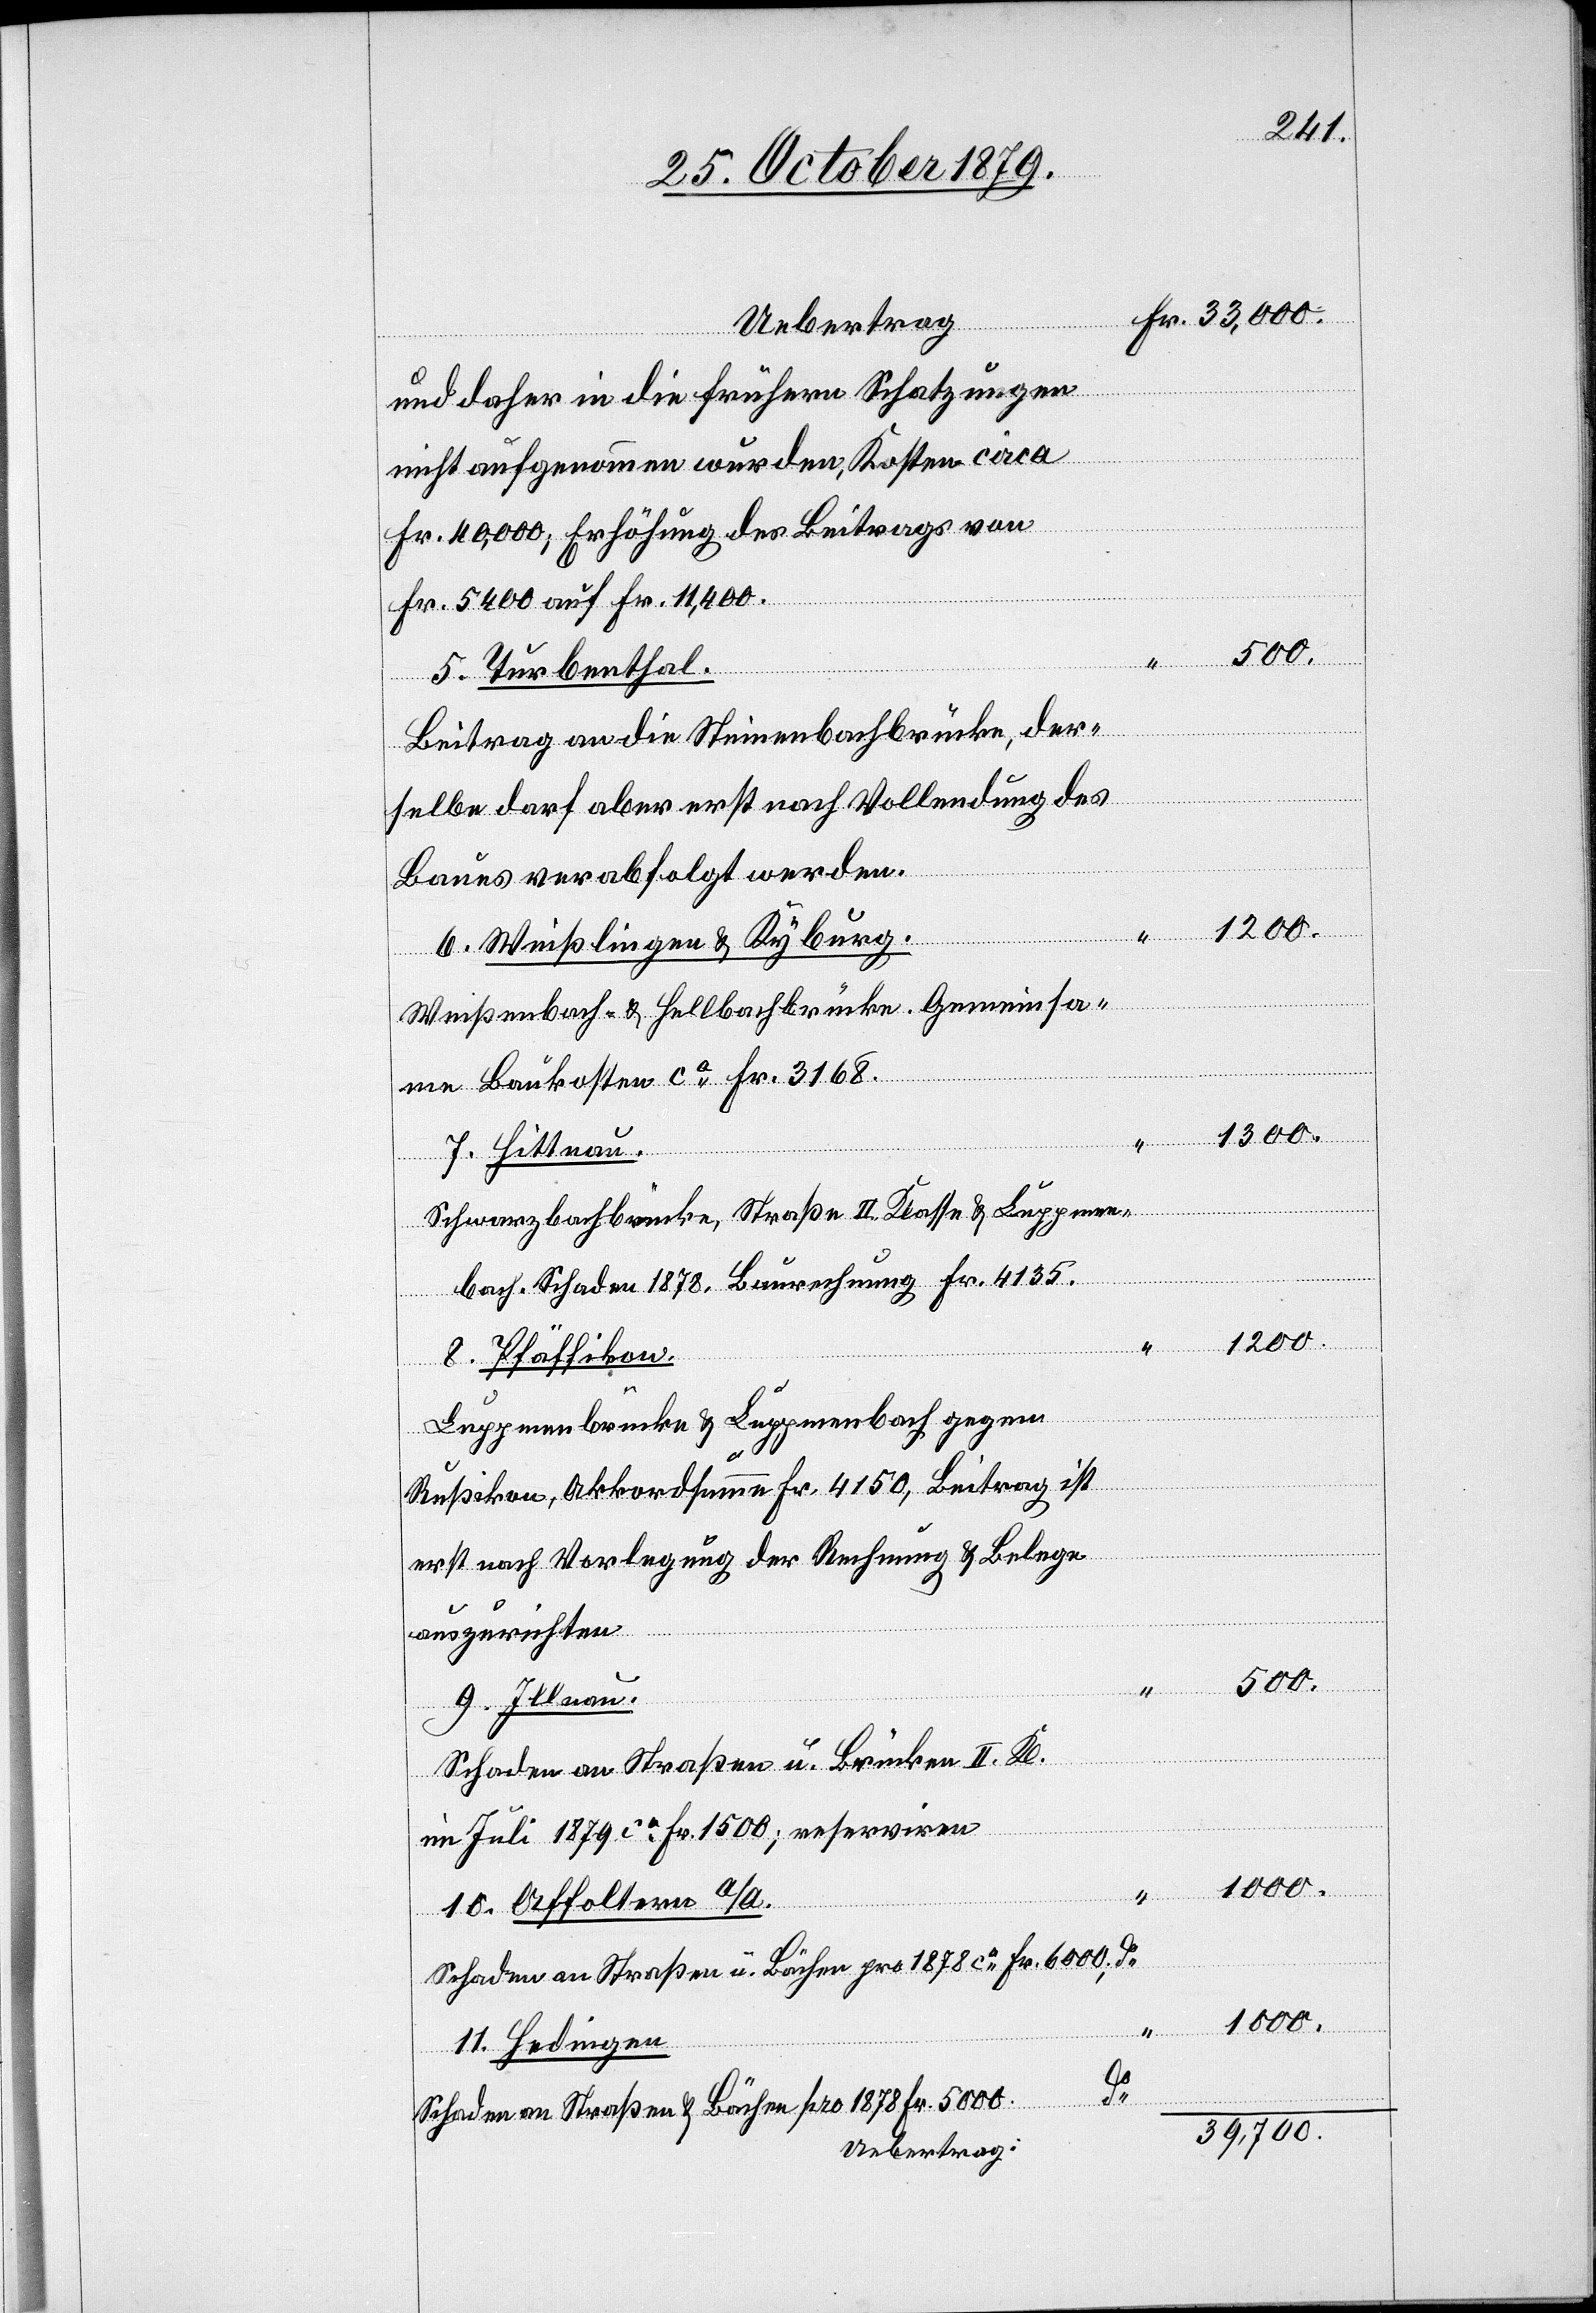
Fr. 33,000.
Uebertrag
und daher in die frühern Schatzungen
nicht angenommen wurden. Kosten circa
Fr. 40,000; Erhöhung des Beitrags von
Fr. 5400 auf Fr. 11,400.
500.
5. Turbenthal.
Beitrag an die Steinenbachbrücke, der¬
selbe darf aber erst nach Vollendung des
Baues verabfolgt werden.
1300.
6. Weißlingen & Kyburg.
Weißenbach- & Hellbachbrücke. Gemeinsa¬
me Baukosten ca Fr. 3168.
7. Hittnau
Schwarzbachbrücke, Straße II. Klasse & Luppmen¬
bach. Schaden 1878, Baurechnung Fr. 4135.
1200.
8. Pfäffikon.
Luppmenbrücke & Luppmenbach gegen
Rußikon, Akkordsumme Fr. 4150, Beitrag ist
erst nach Vorlegung der Rechnung & Belege
auszurichten
9. Illnau.
Schaden an Straßen u. Brücken II. Kl.
im Juli 1879 ca 1500; reserviren
10. Affoltern a/A
Schaden an Straßen u. Bächen pro 1878 ca Fr. 6000; do
1000.
11. Hedingen
Schaden an Straßen & Bächen pro 1878 Fr. 5000. do